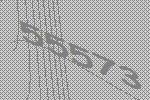
55573